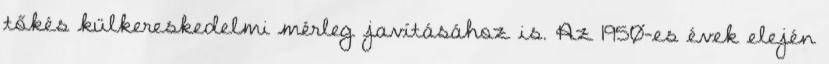
tőkés külkereskedelmi mérleg javításához is. Az 1950-es évek elején